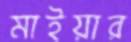
মাইয়ার